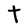
Character: t